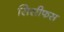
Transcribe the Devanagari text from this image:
सिसीफस